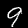
Digit: 9